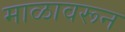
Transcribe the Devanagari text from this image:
माळावरून